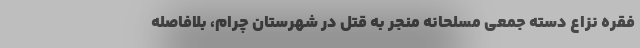
فقره نزاع دسته جمعی مسلحانه منجر به قتل در شهرستان چرام، بلافاصله